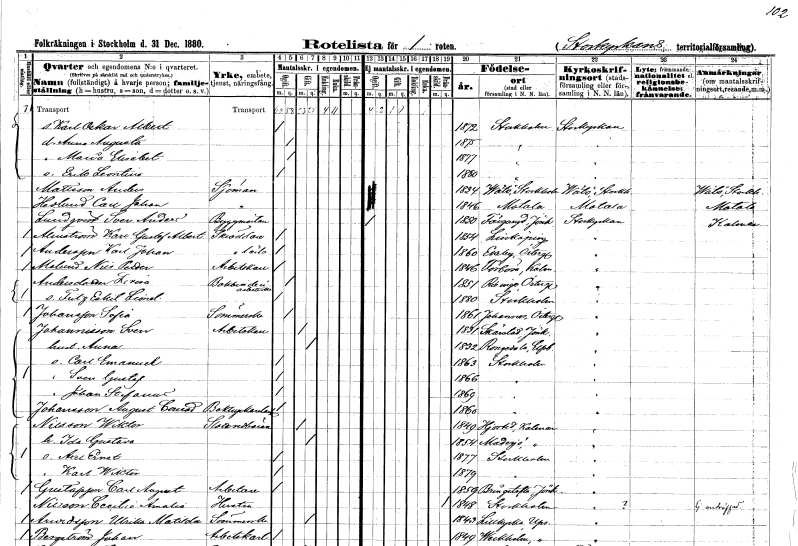
gt_parse: households: individuals: FN: Karl Oskar Albert
KON: M
CIV: O
FODAR: 1872
FODFORS: Stockholm
FN: Anna Augusta
KON: K
CIV: O
FODAR: 1875
FODFORS: Stockholm
FN: Maria Elisabet
KON: K
CIV: O
FODAR: 1877
FODFORS: Stockholm
FN: Erik Leontine
KON: M
CIV: O
FODAR: 1880
FODFORS: Stockholm
FN: Anders
EN: Mattsson
YRKE: Sjöman
KON: M
CIV: O
FODAR: 1834
FODFORS: Vätö Stockholms län
FN: Carl Johan
EN: Hedlund
YRKE: Sjöman
KON: M
CIV: O
FODAR: 1846
FODFORS: Motala Östergötlands län
FN: Sven Anders
EN: Lundqvist
YRKE: Byggmästare
KON: M
CIV: O
FODAR: 1850
FODFORS: Färgaryd Hallands län
FN: Karl Gustaf Albert
EN: Almström
YRKE: Skräddare
KON: M
CIV: O
FODAR: 1854
FODFORS: Linköping Östergötlands län
FN: Karl Johan
EN: Andersson
YRKE: Skräddarelärling
KON: M
CIV: O
FODAR: 1860
FODFORS: Ekeby Östergötlands län
FN: Nils Petter
EN: Molund
YRKE: Arbetskarl
KON: M
CIV: O
FODAR: 1846
FODFORS: Förlösa Kalmar län
FN: Lovisa
EN: Andersdotter
YRKE: Bokbinderiarbeterska
KON: K
CIV: O
FODAR: 1851
FODFORS: Risinge Östergötlands län
FN: Fritz Eskil Leonard
KON: M
CIV: O
FODAR: 1880
FODFORS: Stockholm
FN: Sofia
EN: Johansson
YRKE: Sömmerska
KON: K
CIV: O
FODAR: 1861
FODFORS: Norrköpings Sankt Johannes Östergötlands län
FN: Sven
EN: Johannisson
YRKE: Arbetskarl
KON: M
CIV: G
FODAR: 1831
FODFORS: Skärstad Jönköpings län
FN: Anna
KON: K
CIV: G
FODAR: 1832
FODFORS: Rångedala Älvsborgs län
FN: Carl Emanuel
KON: M
CIV: O
FODAR: 1863
FODFORS: Stockholm
FN: Sven Gustaf
KON: M
CIV: O
FODAR: 1866
FODFORS: Stockholm
FN: Johan Staefanus
KON: M
CIV: O
FODAR: 1869
FODFORS: Stockholm
FN: August Conrad
EN: Johansson
YRKE: Boktryckeriarbetare
KON: M
CIV: O
FODAR: 1860
FODFORS: Stockholm
FN: Wiktor
EN: Nilsson
YRKE: Slottsvedbärare
KON: M
CIV: G
FODAR: 1849
FODFORS: Hjorted Kalmar län
FN: Ida Gustava
KON: K
CIV: G
FODAR: 1854
FODFORS: Madesjö Kalmar län
FN: Axel Ernst
KON: M
CIV: O
FODAR: 1877
FODFORS: Stockholm
FN: Karl Wiktor
KON: M
CIV: O
FODAR: 1879
FODFORS: Stockholm
FN: Carl August
EN: Gustafsson
YRKE: Arbetare
KON: M
CIV: O
FODAR: 1859
FODFORS: Bringetofta Jönköpings län
FN: Cecilia Amalia
EN: Nilsson
YRKE: Hustru
KON: K
CIV: X
FODAR: 1848
FODFORS: Stockholm